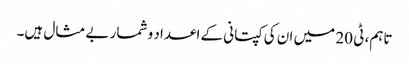
تاہم، ٹی 20 میں ان کی کپتانی کے اعداد و شمار بے مثال ہیں۔